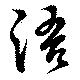
語